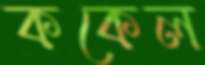
ককেল